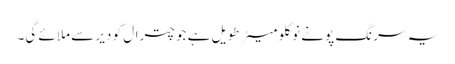
یہ سرنگ پونے نو کلو میٹر طویل ہے جو چترال کو دیر سے ملائے گی۔